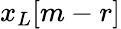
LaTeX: x_{L}[m-r]